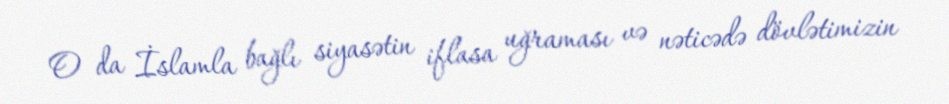
O da İslamla bağlı siyasətin iflasa uğraması və nəticədə dövlətimizin